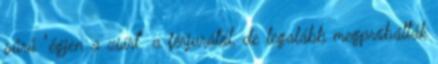
sűrű "égjen a zsírt" a férjurától, de legalább megpróbálták